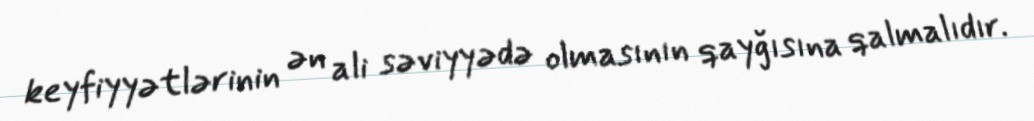
keyfiyyətlərinin ən ali səviyyədə olmasının qayğısına qalmalıdır.